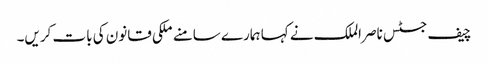
چیف جسٹس ناصر الملک نے کہا ہمارے سامنے ملکی قانون کی بات کریں۔